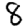
Digit: 8